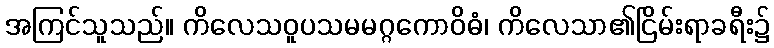
အကြင်သူသည်။ ကိလေသဝူပသမမဂ္ဂကောဝိဓံ၊ ကိလေသာ၏ငြိမ်းရာခရီး၌